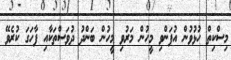
މިސްކިތް ހުޅުވުން އުފަންވި މީހުން މަރުވި މީހުން ބަންދު ދުވަސްތަކާއި ފާހަގަ ކުރެވޭ